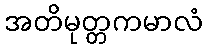
အတိမုတ္တကမာလံ